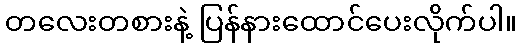
တလေးတစားနဲ့ ပြန်နားထောင်ပေးလိုက်ပါ။